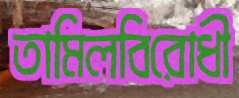
তামিলবিরোধী